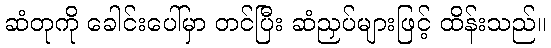
ဆံတုကို ခေါင်းပေါ်မှာ တင်ပြီး ဆံညှပ်များဖြင့် ထိန်းသည်။